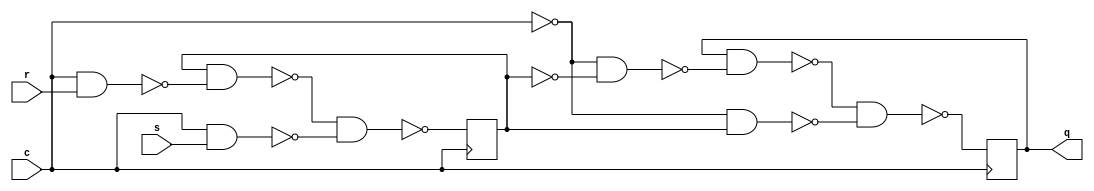
//   RS-

module dyn_rs_flipflop(
    input r, s,
    input c,
    output reg q);
    
reg res;

initial 
begin
    res = 0;
    q = 0;
end

always@(posedge c)
    res = ~(~(res & ~(c & r)) & ~(c & s));

always@(negedge c)
    q = ~(~(q & ~(~(c & c) & ~res)) & ~(~(c & c) & res));

endmodule